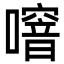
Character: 噾